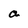
Character: a